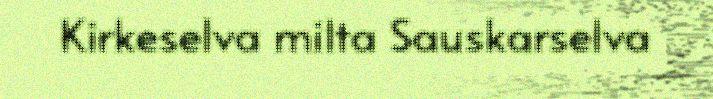
Kirkeselva milta Sauskarselva